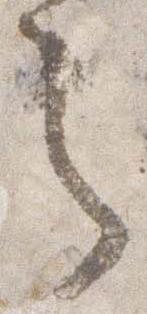
之